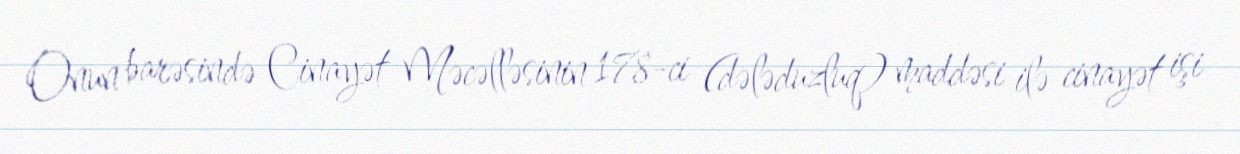
Onun barəsində Cinayət Məcəlləsinin 178-ci (dələduzluq) maddəsi ilə cinayət işi